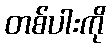
တစ်ပါးကို